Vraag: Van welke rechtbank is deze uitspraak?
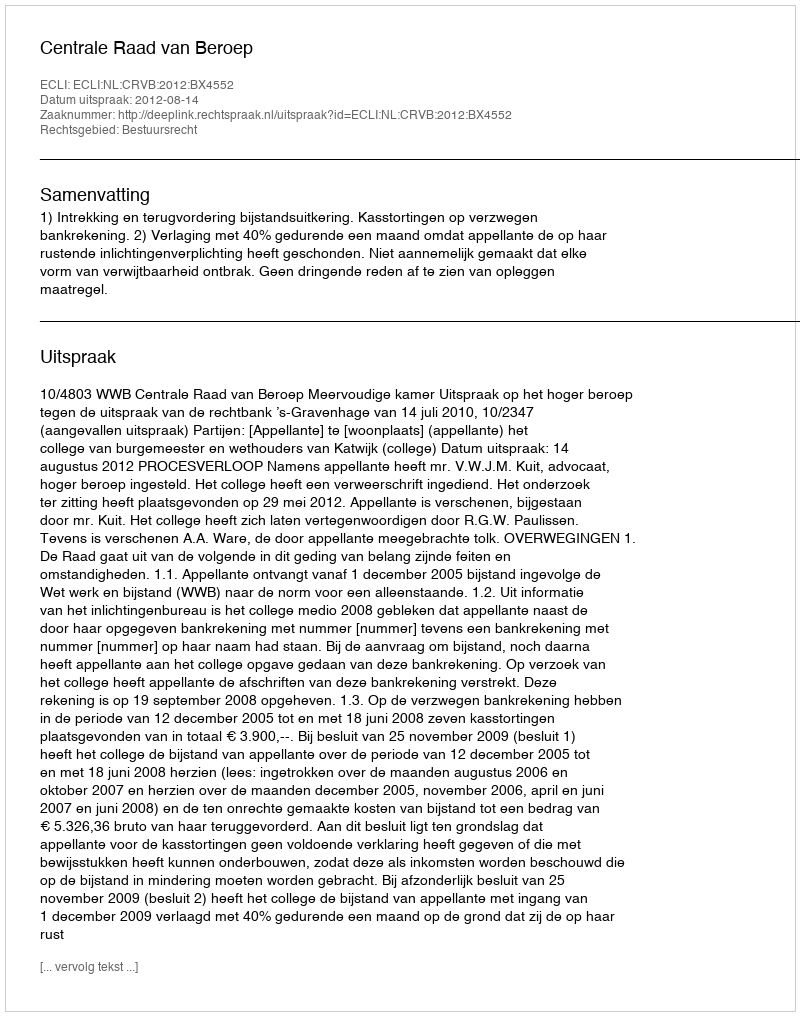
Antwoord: Centrale Raad van Beroep